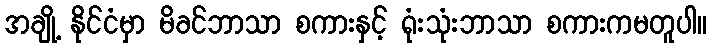
အချို့ နိုင်ငံမှာ မိခင်ဘာသာ စကားနှင့် ရုံးသုံးဘာသာ စကားကမတူပါ။